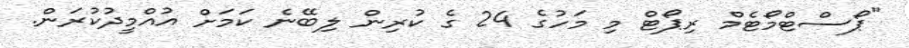
"ޕޯސްޓްމޯޓެމް ރިޕޯޓް މި މަހުގެ 24 ގެ ކުރިން ލިބޭނެ ކަމަށް އުއްމީދުކުރަން.